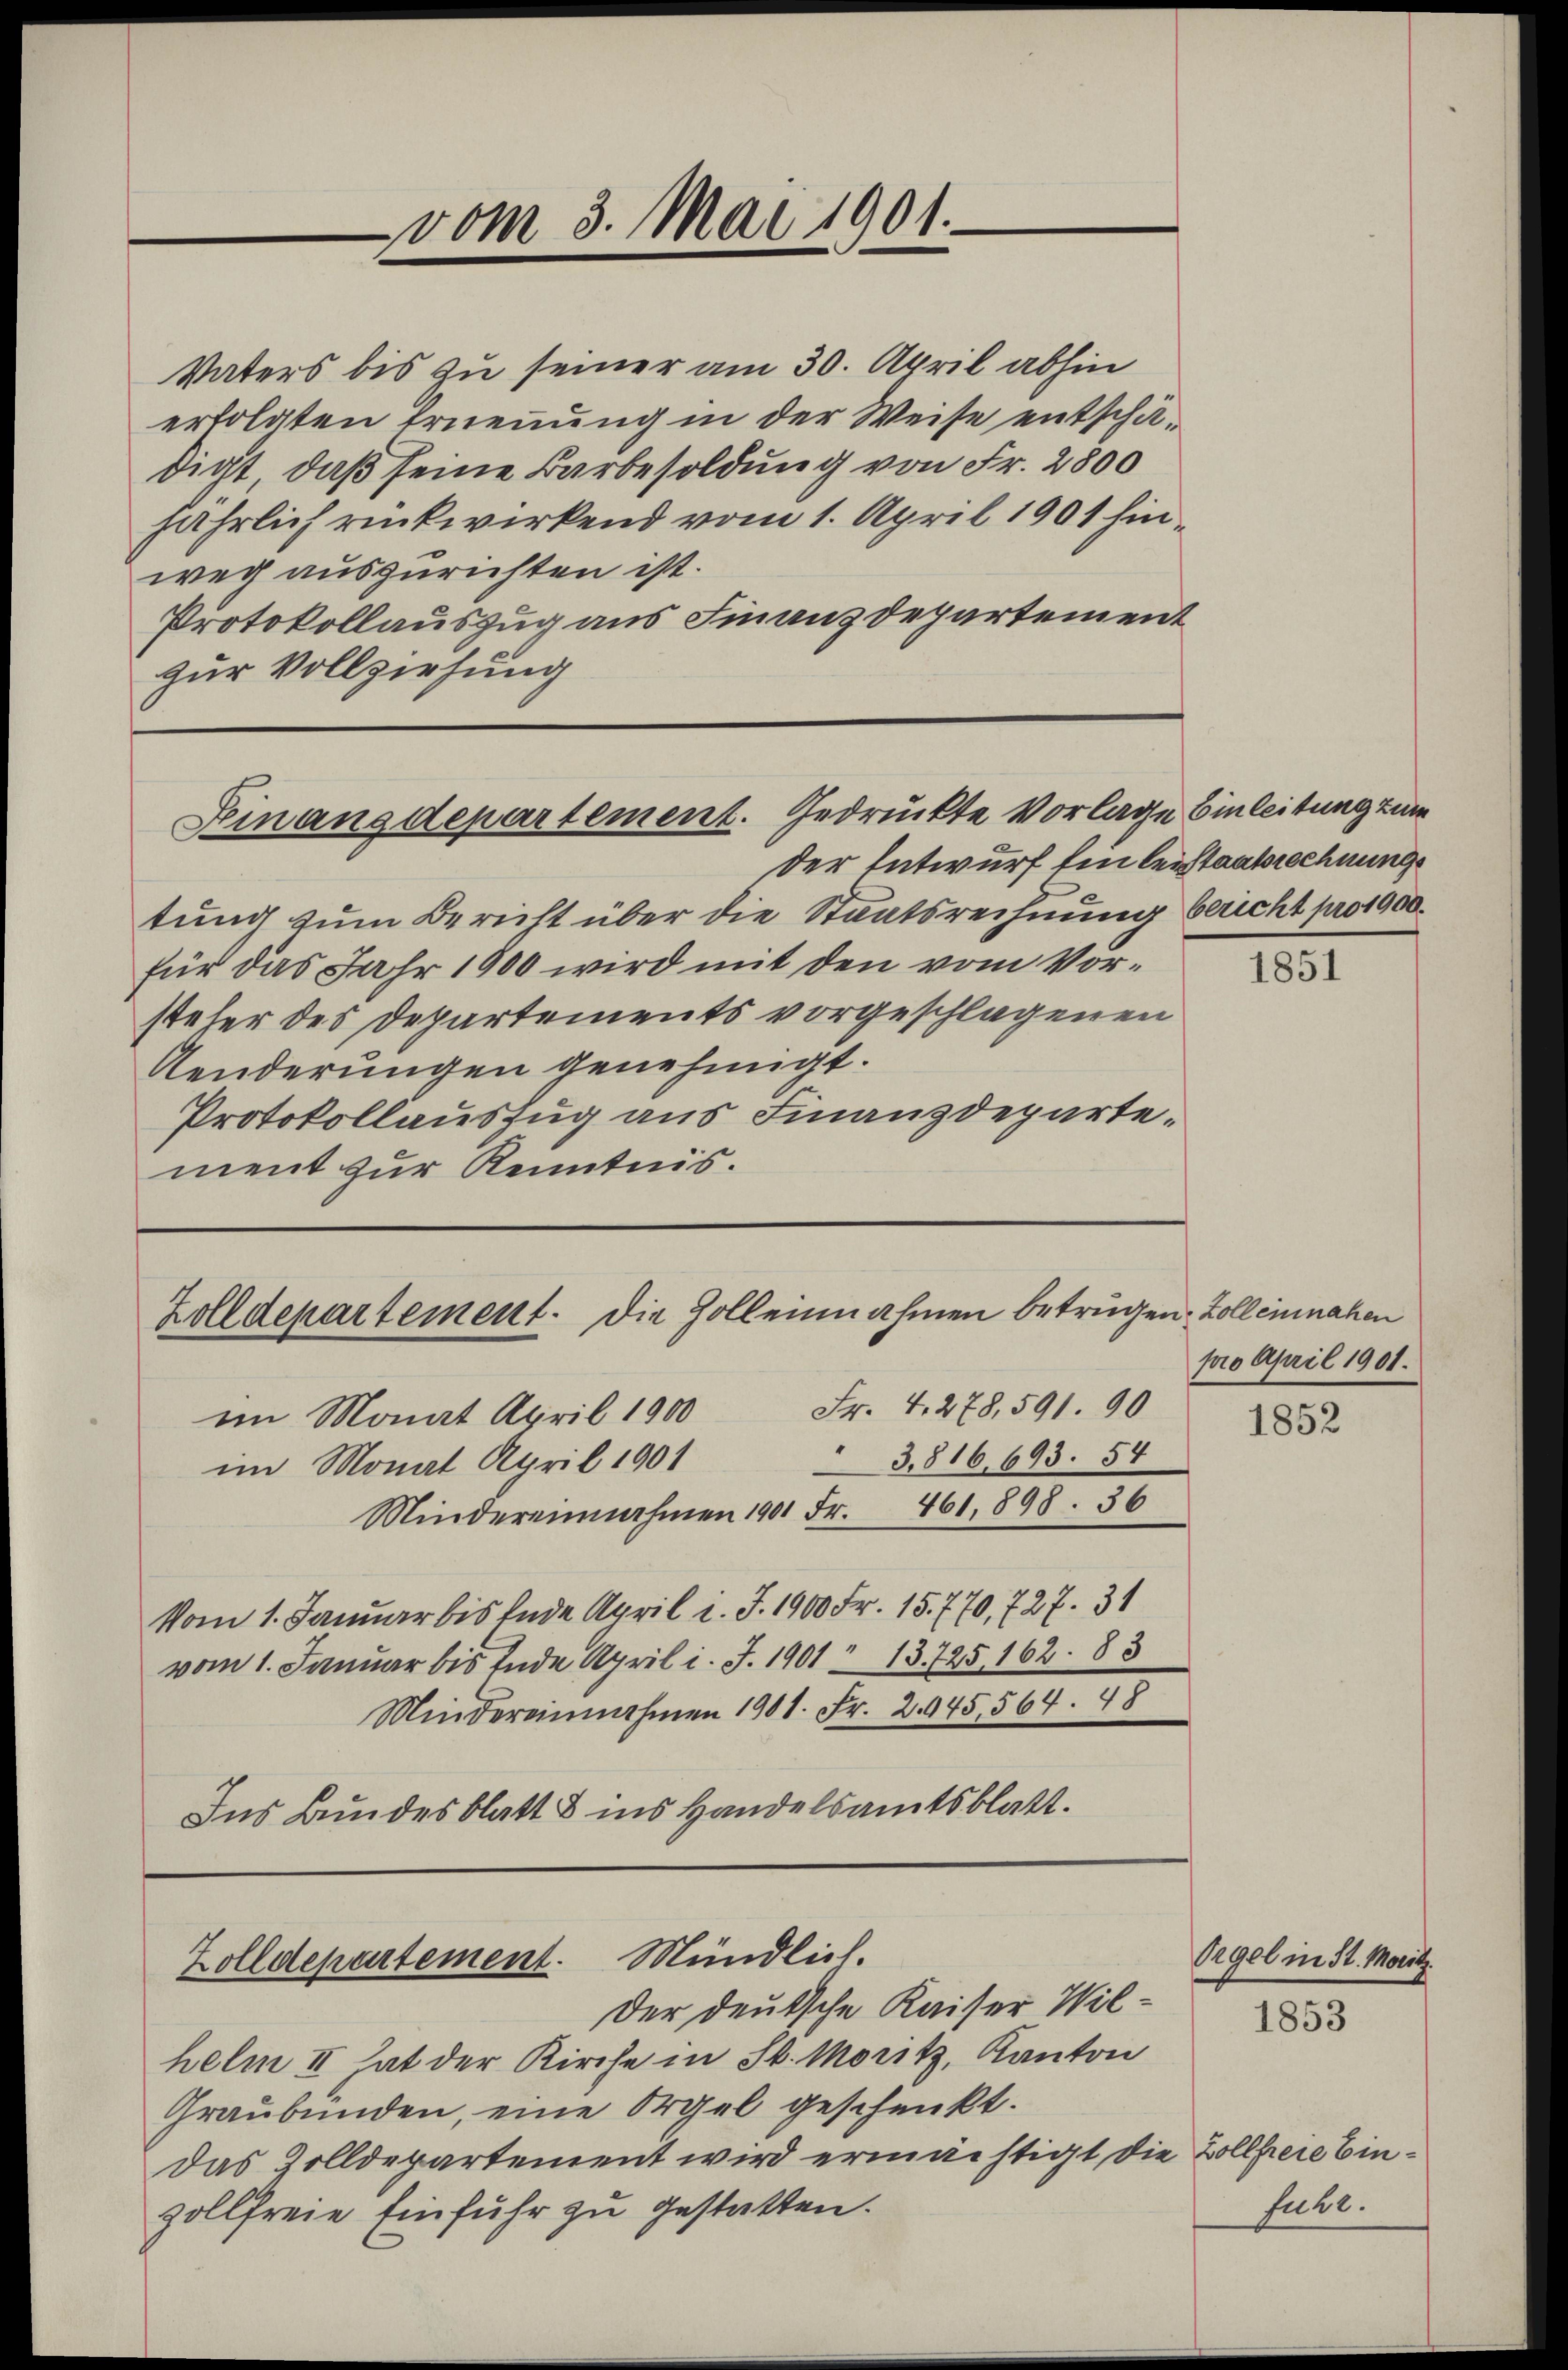
vom 3. Mai 1901.

Vaters bis zu seiner am 30. April abhin
erfolgten Ernennung in der Weise entschä-
digt, daß seine Barbesoldung von Fr. 2800
jährlich rückwirkend vom 1. April 1901 hinweg auszurichten ist.
Protokollauszug aus Finanzdepartement
zur Vollziehung

der Entwurf ein leistaatsrechnung
tung zum Bericht über die Staatsrechnung bericht pro 1900.
für das Jahr 1900 wird mit den vom Vorsteher des Departements vorgeschlagenen
Aenderungen genehmigt.
Protokollauszug aus Finanzdepartement zur Kenntnis.

Feinanzdepartement. Gedruckte Vorlage Einleitung zum

Zolldepartement. Die Zolleinnahmen betrügen, Zoll einahen

Zolldepartement. Mündlich.

Der deutsche Kaiser Wilhelm II hat der Kirche in St. Moritz, Kanton
Graubünden, eine Orgel geschenkt.
das Zolldepartement wird ermächtigt, die Zollfreie Einzollfreie Einfuhr zu gestatten.

im Monat April 1900 Fr. 4. 278, 591. 90
3,816,693. 54
im Monat April 1901
Mindereinnahmen 1901 Fr. 461. 898. 36
Vom 1. Januar bis Ende April l. J. 1900 Fr. 15. 770, 727. 31
vom 1. Januar bis Ende April l. J. 1901 13. 725, 162. 83
Mindereinnahmen 1901. Fr. 2945, 564. 48
Ins Bundesblatt & ins Handelsamtsblatt.

1851

pro April 1901.

1852

Orgel in St. Moritz.

1853

fuhe.